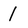
Character: l